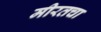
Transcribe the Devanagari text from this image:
मीरतचा